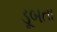
ડૂબતા